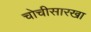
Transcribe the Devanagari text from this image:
चोचीसारखा